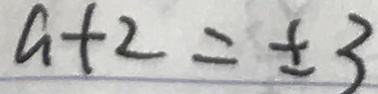
a + 2 = \pm 3